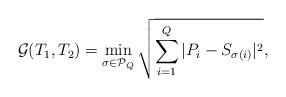
LaTeX: \begin{align*} \mathcal{G}(T_1,T_2)=\min_{\sigma\in\mathcal{P}_Q}\sqrt{\sum_{i=1}^Q|P_i-S_{\sigma(i)}|^2},\end{align*}